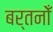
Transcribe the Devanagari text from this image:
बर्तनोँ